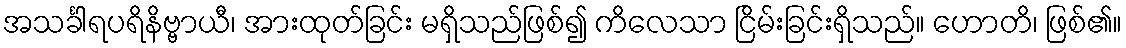
အသင်္ခါရပရိနိဗ္ဗာယီ၊ အားထုတ်ခြင်း မရှိသည်ဖြစ်၍ ကိလေသာ ငြိမ်းခြင်းရှိသည်။ ဟောတိ၊ ဖြစ်၏။